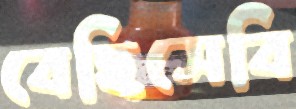
বেহিসেবি